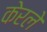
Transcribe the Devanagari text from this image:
केरले